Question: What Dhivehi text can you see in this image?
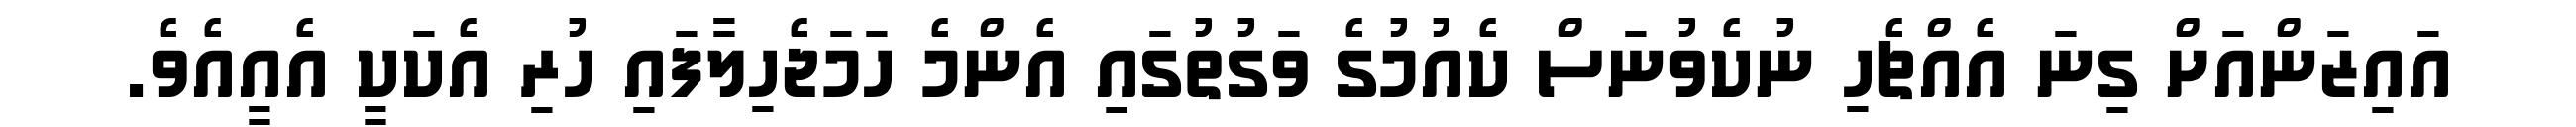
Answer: އައިޒަންއަށް ގިނަ އެއްޗެހި ނުކެވުނަސް ކެއުމުގެ ވަގުތުގައި އެންމެ ހަމަޖެހިލާފައި ހުރި އެކަކީ އެއީއެވެ.